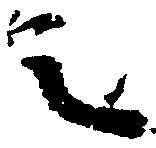
之